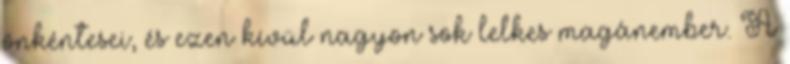
önkéntesei, és ezen kívül nagyon sok lelkes magánember. A